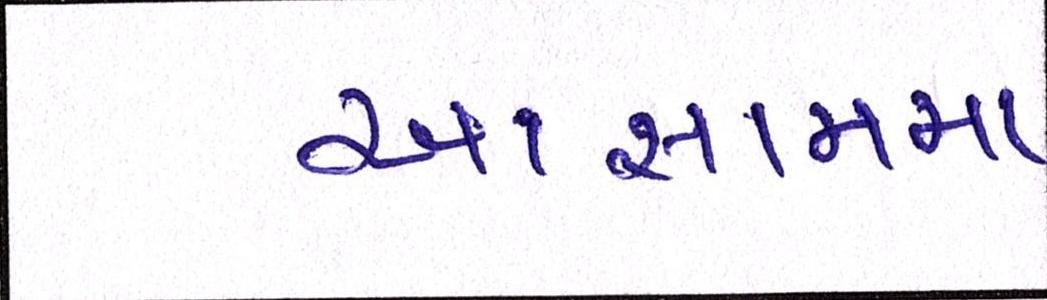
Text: આસામમા